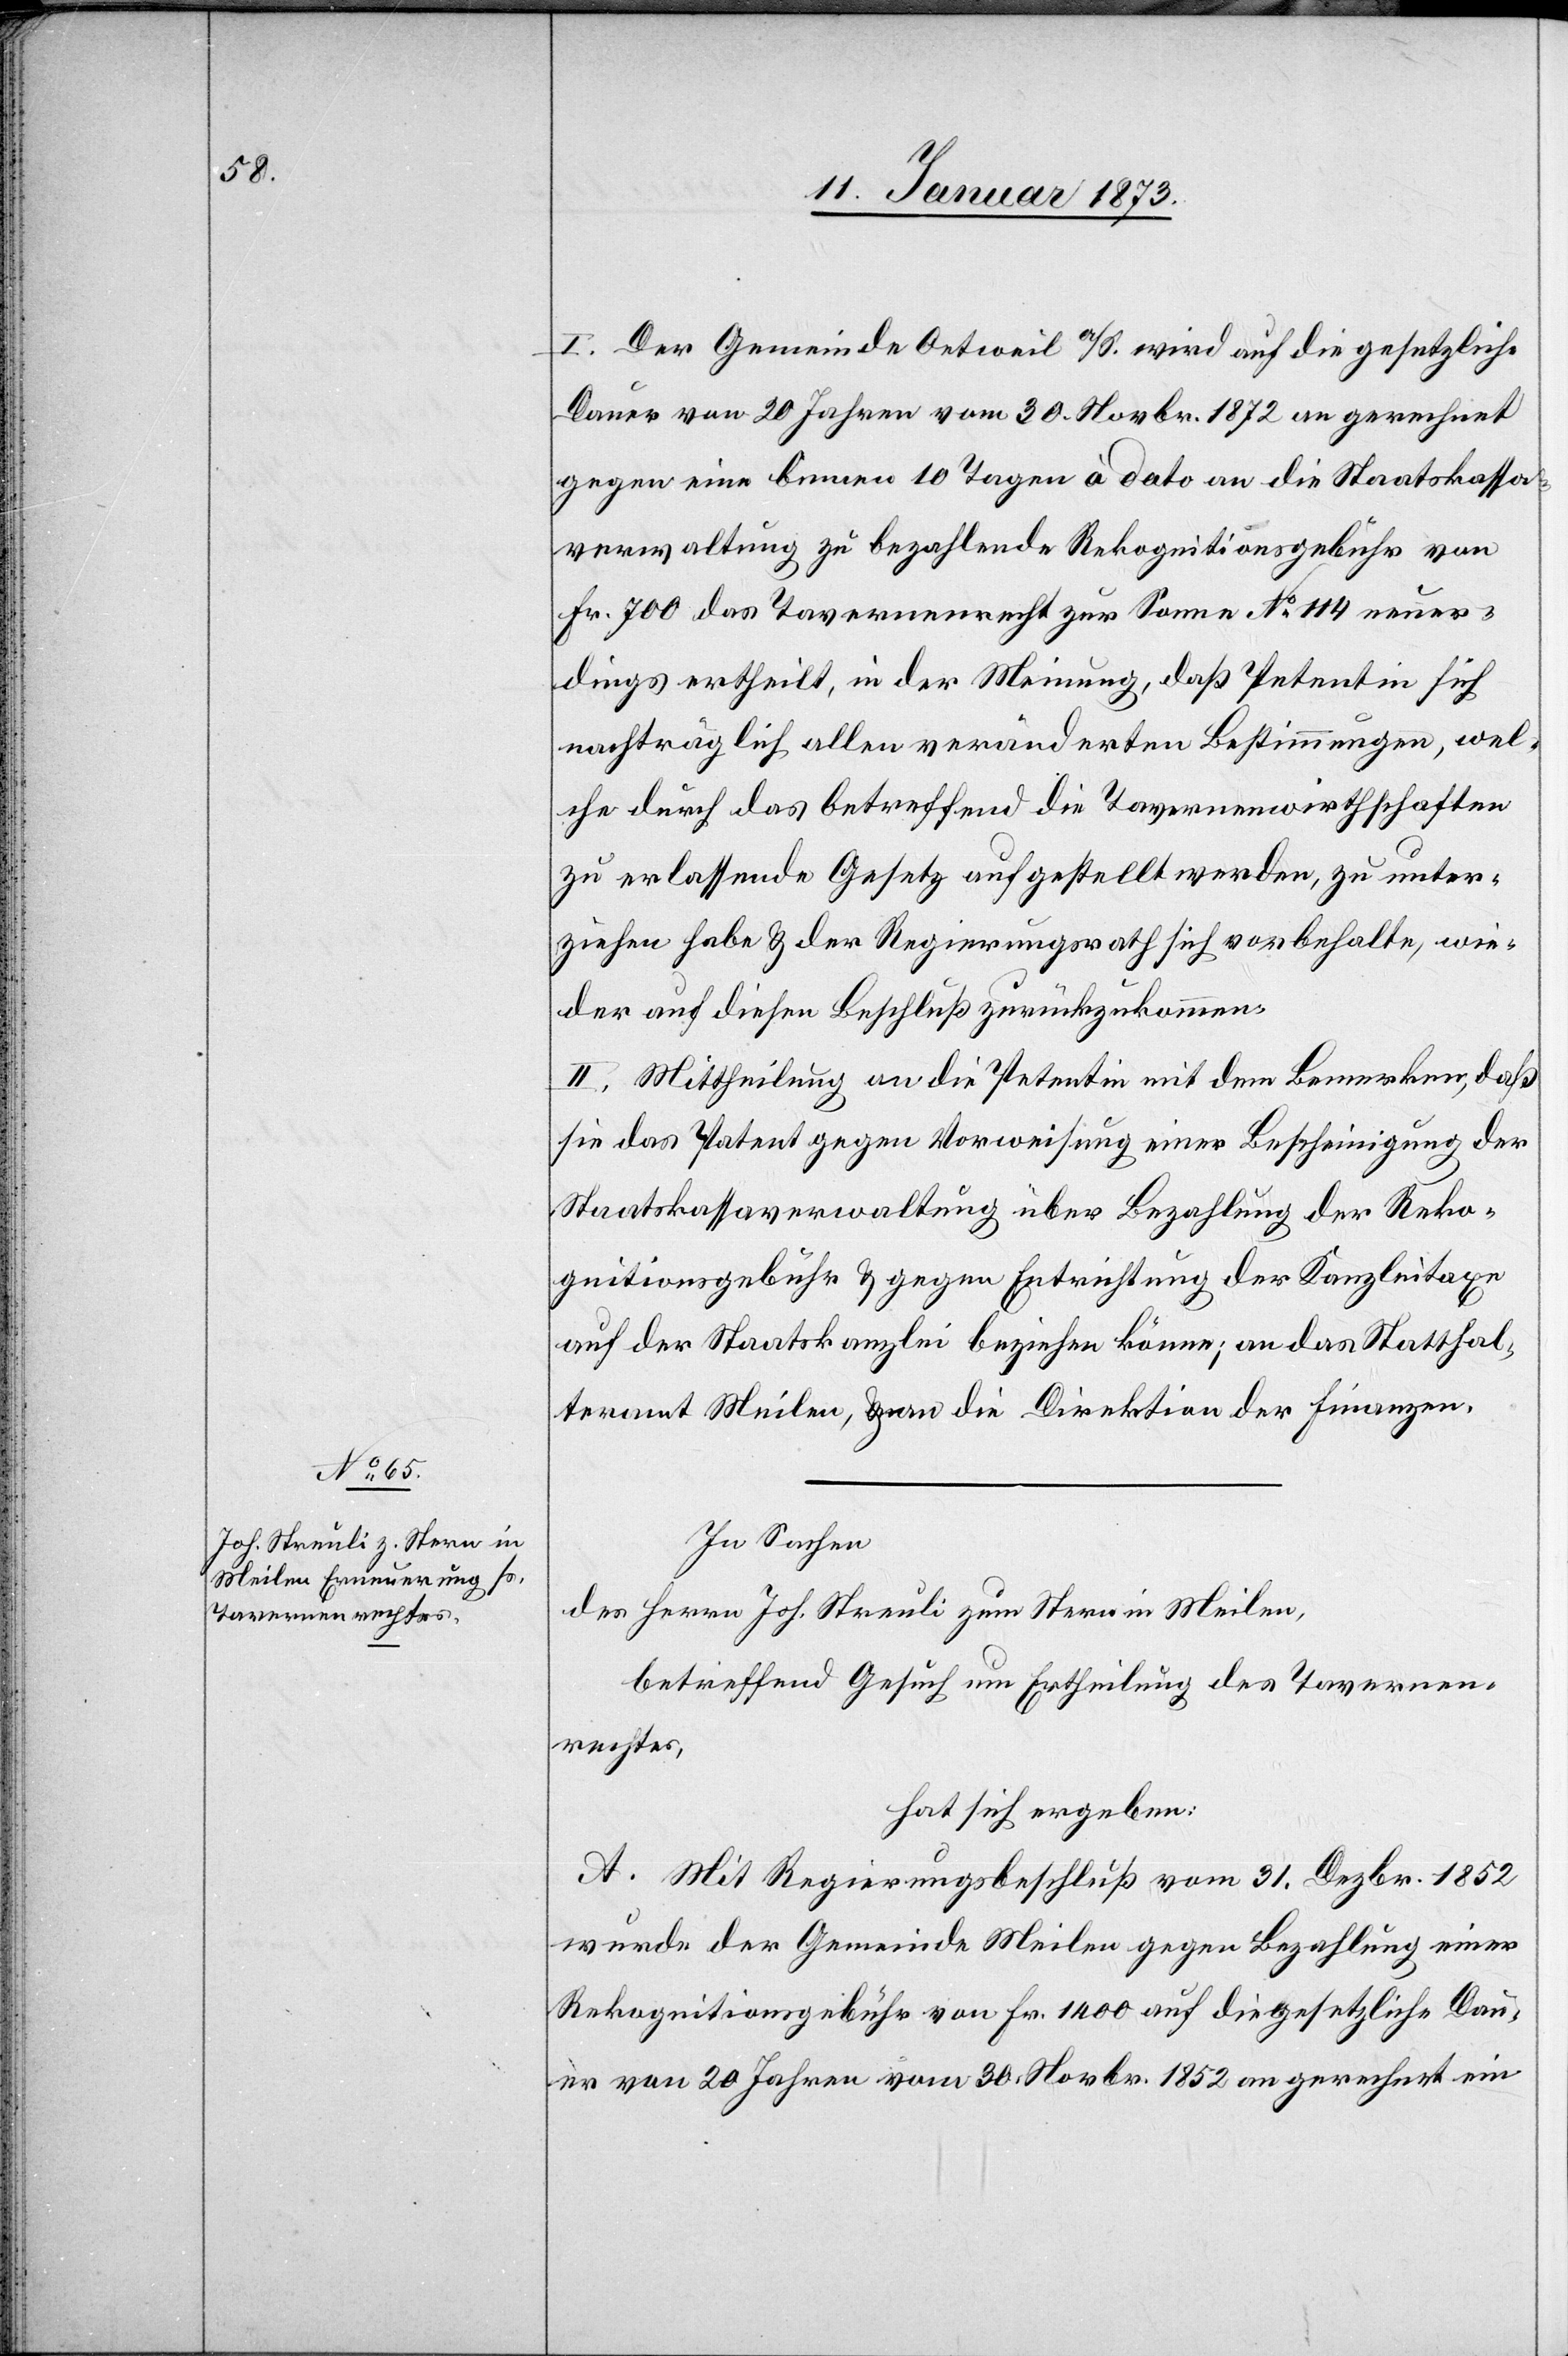
I. Der Gemeinde Oetweil a./S. wird auf die gesetzliche
Dauer von 20 Jahren vom 30. Novbr. 1872 an gerechnet
gegen eine binnen 10 Tagen à dato an die Staatskassa¬
verwaltung zu bezahlende Rekognitionsgebühr von
Fr. 700 das Tavernenrecht zur Sonne No. 114 neuer¬
dings ertheilt, in der Meinung, daß Petentin sich
nachträglich allen veränderten Bestimmungen, wel¬
che durch das betreffend die Tavernenwirthschaften
zu erlassende Gesetz aufgestellt werden, zu unter¬
ziehen habe & der Regierungsrath sich vorbehalte, wie¬
der auf diesen Beschluß zurückzukommen.
II. Mittheilung an die Petentin mit dem Bemerken, daß
sie das Patent gegen Vorweisung einer Bescheinigung der
Staatskassaverwaltung über Bezahlung der Reko¬
gnitionsgebühr & gegen Entrichtung der Kanzleitaxe
auf der Staatskanzlei beziehen könne; an das Statthal¬
teramt Meilen, & an die Direktion der Finanzen.
In Sachen
des Herrn Joh. Streuli zum Stern in Meilen,
betreffend Gesuch um Ertheilung des Tavernen¬
rechtes,
hat sich ergeben:
A. Mit Regierungsbeschluß vom 31. Dezbr. 1852
wurde der Gemeinde Meilen gegen Bezahlung einer
Rekognitionsgebühr von Fr. 1400 auf die gesetzliche Dau¬
er von 20 Jahren vom 30. Novbr. 1852 an gerechnet ein